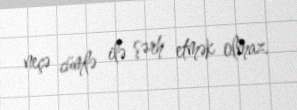
neçə cümlə ilə şərh etmək olmaz.